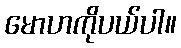
မောဟကိုပယ်ပါ။